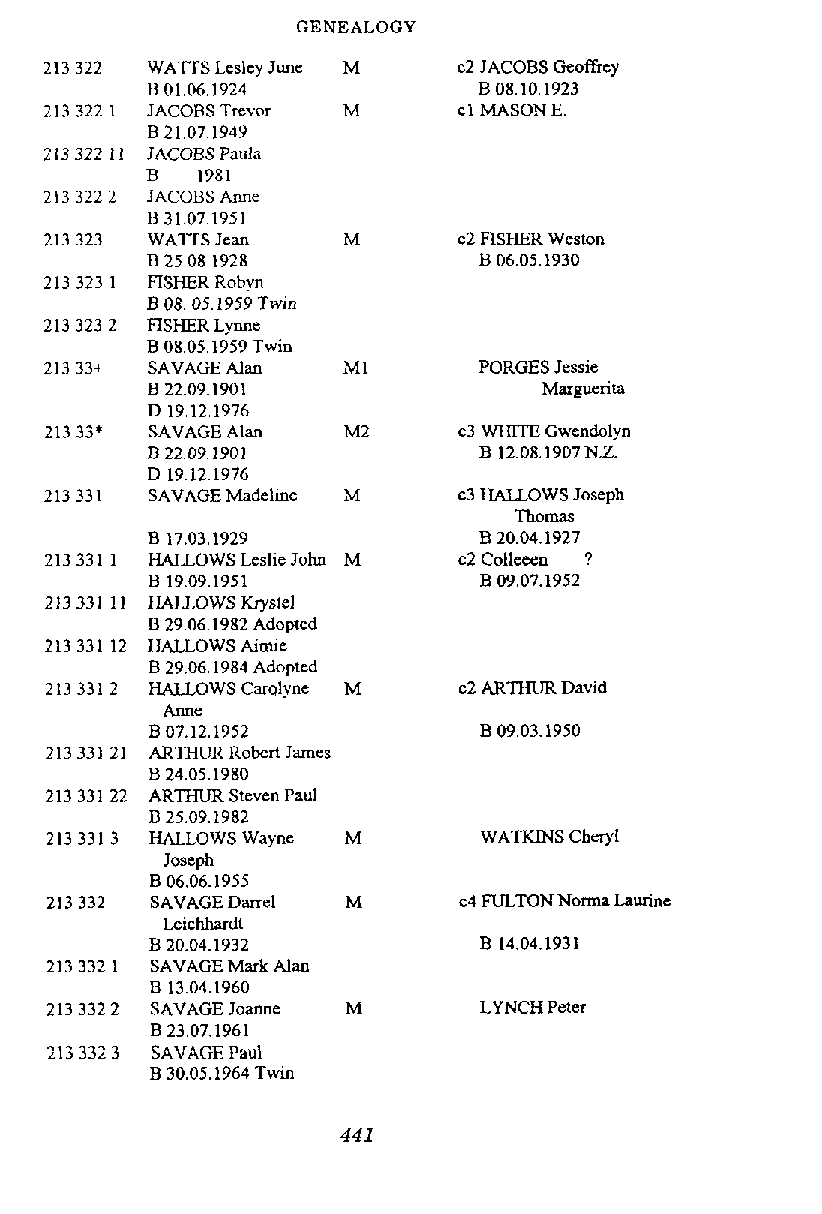
GENEALOGY
 WATTS Leslcy June M c2 JACOBS Geoffrcy
 B 01.06.1924          B 08.10.1923
 JACOBS Trevor M     cl MASON E.
 B 21.071949
 JACOBS Paula
 B  1981
 JACOBS Annc
 B 31.07.1951
 WAITS Jean   M      c2 RSHER Weston
 B 25.08.1928          B 06,051930
 FISHER Robyn
 B 08. 05.1959 Twin
 FISHER Lynne
 B 0805,1959 Twin
 SAVAGE Alan  MI       PORGES Jessie
 B 22.09.1901              Mar-~ uerita
 D 19.12.1976
 SAVAGE Alan  M2     c3 WHITE Gwendolyn
 B 2209.l901
 D 1912.1976
 SAVAGE Madeline M   c3 HALLOWS Joseph
 Thomas
 B 17.03.1929          B 20.04.1927
 HALLOWS Leslie John M c2 Collceen ?
 B 19.09.1951          B 09.07.1952
 HALLOWS Krystel
 B 29,061982 Adopted
 HALLOWS Aimie
 B 29.06.1984 Adopted
 HALLOWS Carolyne M  c2 ARl3m David
 Anne
 B 07.12.1952          B 09.03.1950
 ARTHLJR Robert James
 B 24.05.1980
 ARTHUR Steven Paul
 B 25.09.1982
 HALLOWS Wayne M       WATKTNS Cheryl
 Joseph
 B 06.06.1955
 SAVAGE Darrel M     c4 FULTON Norma Laurine
 Leichhardt
 B 20.04.1932          B 14.04.1931
 SAVAGE Mark Alan
 B 1304.1960
 SAVAGE Joanne M       LYNCH Peter
 B 23.07.1961
 SAVAGE Paul
 B 30.05.1964 Twin